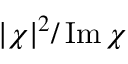
| \chi | ^ { 2 } / \operatorname { I m } \chi